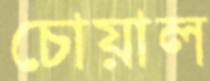
চোয়াল